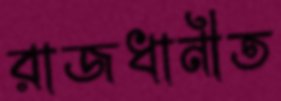
রাজধানীত